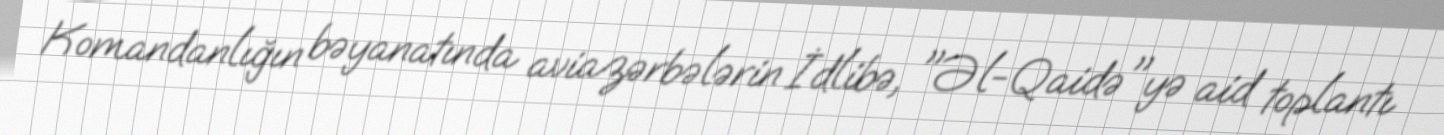
Komandanlığın bəyanatında aviazərbələrin İdlibə, "Əl-Qaidə"yə aid toplantı